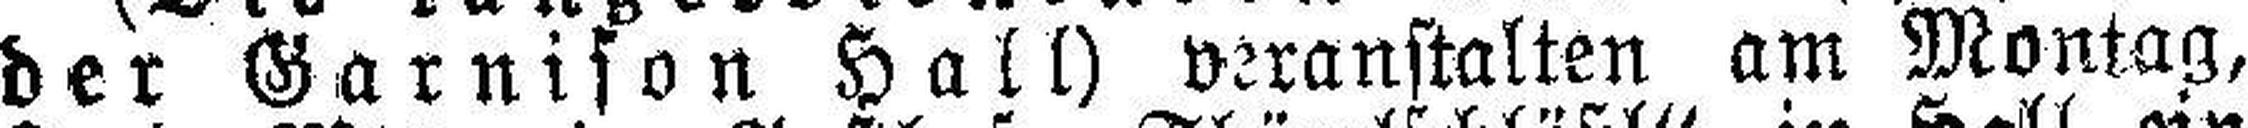
der Garnison Hall) veranstalten am Montag,